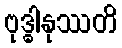
ဗုဒ္ဓါနုဿတိ